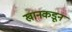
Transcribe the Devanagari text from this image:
खानकडून